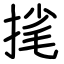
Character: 毮